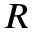
R